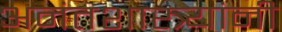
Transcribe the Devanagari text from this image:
अनंतशास्त्र्यांनी